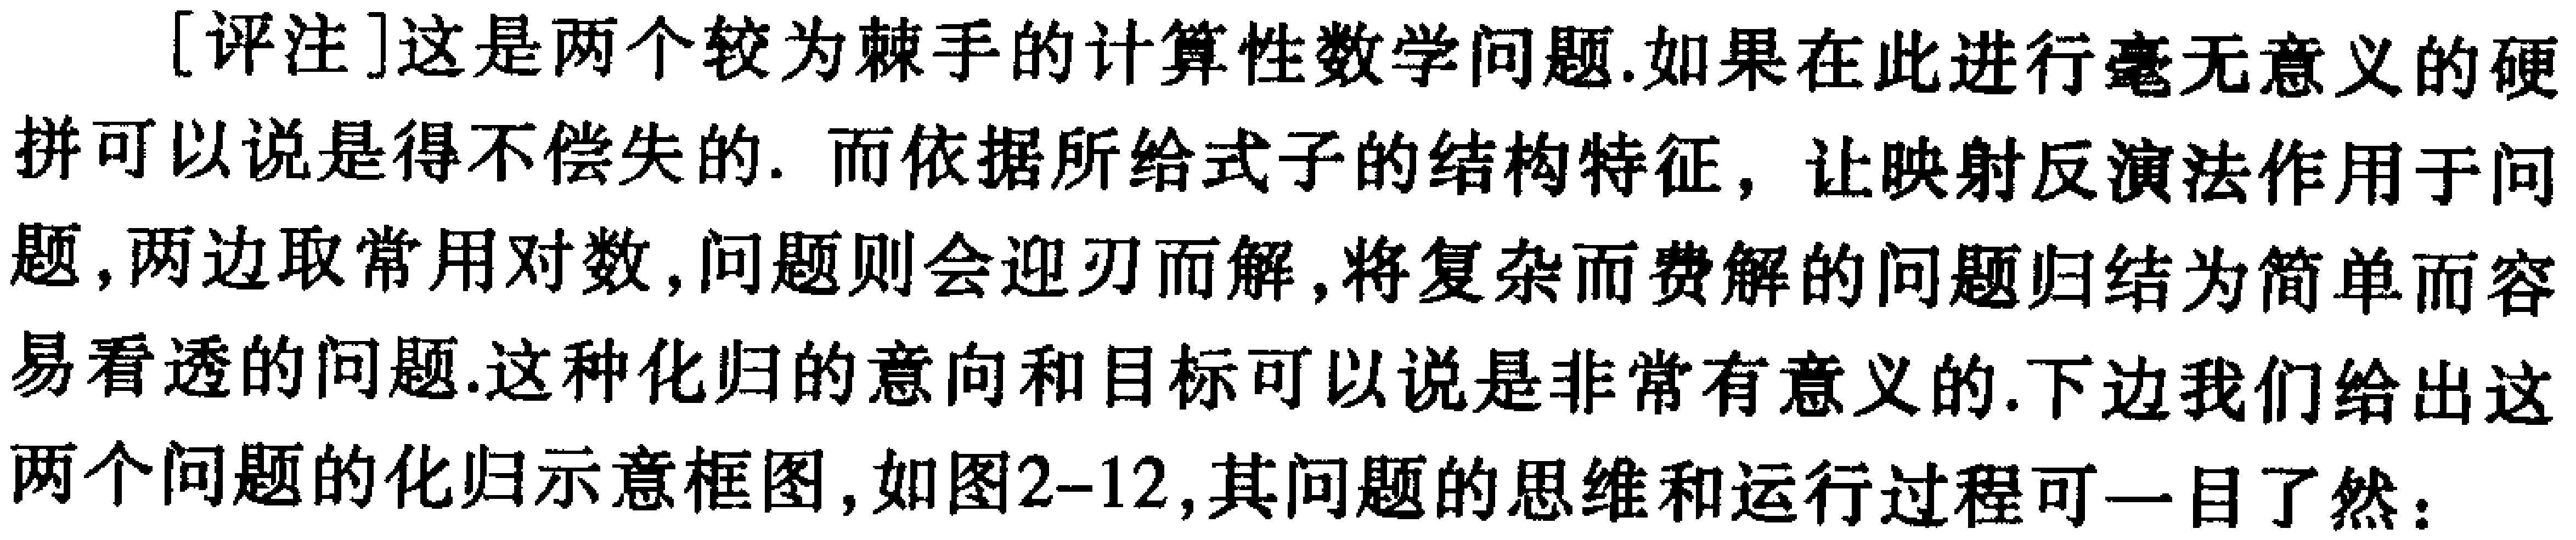
[评注]这是两个较为棘手的计算性数学问题.如果在此进行毫无意义的硬拼可以说是得不偿失的. 而依据所给式子的结构特征，让映射反演法作用于问题,两边取常用对数,问题则会迎刃而解,将复杂而费解的问题归结为简单而容易看透的问题.这种化归的意向和目标可以说是非常有意义的.下边我们给出这两个问题的化归示意框图，如图2--12,其问题的思维和运行过程可一目了然：